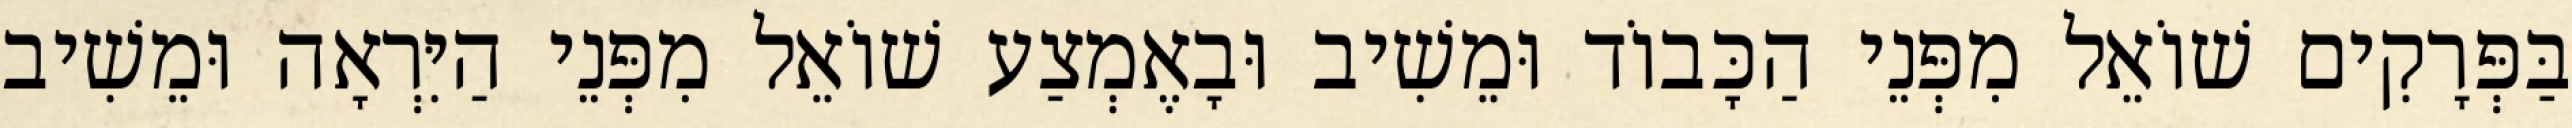
בַּפְּרָקִים שׁוֹאֵל מִפְּנֵי הַכָּבוֹד וּמֵשִׁיב וּבָאֶמְצַע שׁוֹאֵל מִפְּנֵי הַיִּרְאָה וּמֵשִׁיב